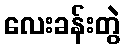
လေးခန်းတွဲ